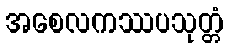
အစေလကဿပသုတ္တံ